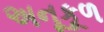
અનૂકૂળ